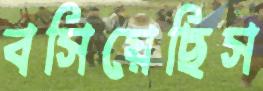
বসিয়েছিস